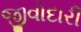
જીવોદારી